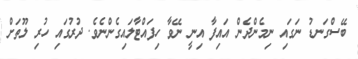
ބޭސްގަނޑު ނަގައި ނިމެންދެން އައިފާ އިނީ ނޭވާ ހިފައްޓާލައިގެންނެވެ. ދުރުގައި ހުރި ލޫތަށް